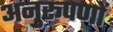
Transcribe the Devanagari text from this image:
अनुरूपणों